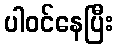
ပါဝင်နေပြီး